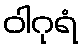
ဝါဂုရံ